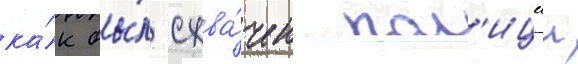
ка́к бы́л схва́чен пол'ициеи